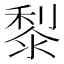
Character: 𪏭